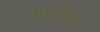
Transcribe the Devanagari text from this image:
माचीहून